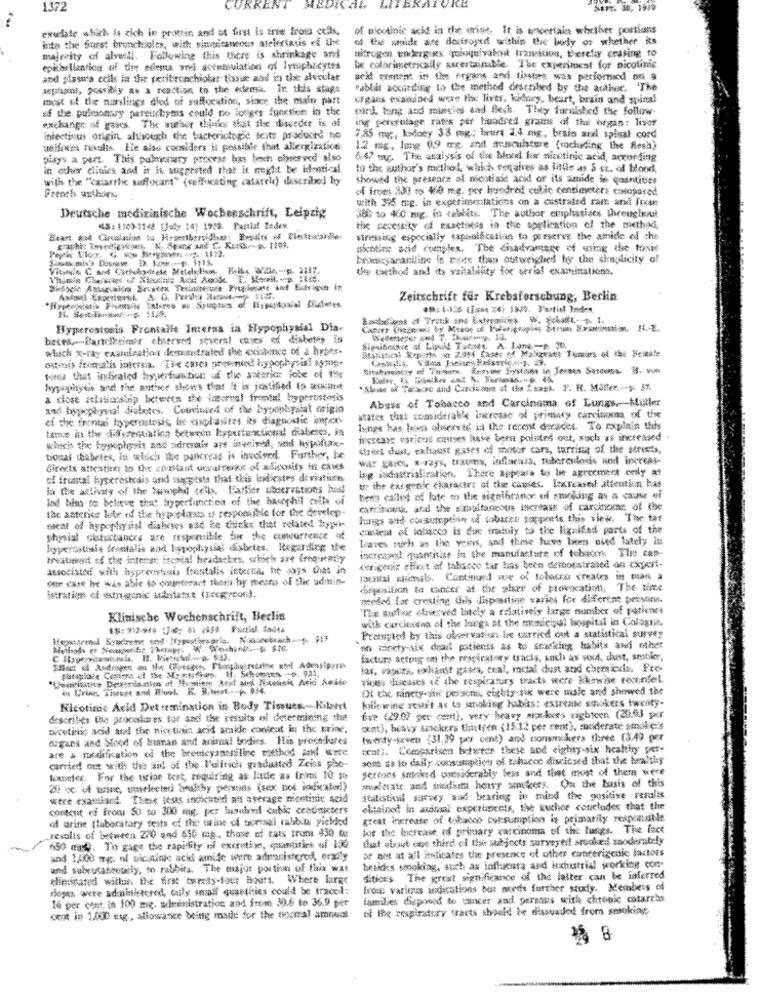
372
CURREN
Cab
KAIVRE
exudate which Is zich in prottin and at first la irve fros cells,
of nicotinic acid in the crise. It is uncertain whether portions
into the forst brunchioles, with sinticantons aleleriauis ef the
of the wide are destroyed within the berty or whether is
majority of alveoli. Following this there is shrinkage are
stifrugen enderg is, poloquivaimit liznicion, therelay ceasing to
epibellantion of dire edema arvi actutsulation of lymphocytes
In colorimetrically secertainatie The experiment for nicotinic
and plasma cells in the recibronchiolar tissue and its the alveolar
apfazil, possibly at a reaction to the edema. In this staps
Pablit according to the method described by the ather. The
most et the manslings dled of suffocation, since ihe main part
gas examined were fin liver, kichery, heart, brain and spinal
as the pulmonary parenchyms could no longer functions in the
cand ling and missies and Best. They furnished the follow-
exchange of gass The author thinks that the diunder in al
ing percentage rates par hundred grams of the organ: Tiver
infectious origin, although the bacteriologie tests produced no
7.85 myr ., kidney 3.8 mg; beurt 2.4 mg, brain anal spinal cord
uelfores nixalis, He also considers it possible that allergizstica
1.2 mg, line 0,9 mg and arisculture (including the Sesh)
plays a part. This pulmonary process has boch olserved also
6.47 mg. The analysis of de Moed for nicetinic acid, according
in other clinics and it is suggested that it meght be identical
to the author's mocthol, which requires as little as & ct. of blood
with the "catarrlic suffocant" (suffocating cafarelo describe) hy
showed tix preseore al nicotisic acid of its smide le quantities
¿4 inves 230 to 40 mg. per hundred cubic centimeters casopared
French authors,
with 395 mg. in experimentations on a castrated ramt and frcan
Deutsche medizinische Wochenschrift, Leipzig
360 to 460 mg, in cablits. The author emphasizes theeugiwat
MS: 1.100-1248 (July 14) 1953. Pattial Index.
the secessity of exsetness in the application of the method.
stressing especially taponlicatian to preserve the amide of the
broniegananiline is more than outweighed hy the simplicity af
the method and its suitability for serial examinations.
Zeitschrift für Krebsforschung, Berlin
Hyperestosis Frontalle Interas in Hypophysial Dia-
betes .-- Partilheienr cherved several cases of diabetes Is
Sigsibounce af Lapult Taces. A. Long-p 34%
which x-ray examination demonstrated the existence of & hypes.
ostais fromalis interna. The cases prewenied hypophysisl symge
tot that indicated hyperfun bun uf the anterior jobe of the
Soyyophysis and the anther shows that It is justified to wewant
a close zelniccship between the internal frontal hyperastmsis
Abais of Tobacco and Carcinoma of Lungs.Müller
and byphophysial diabetes. Convinced of the bypolyalat origin
ef the frontad hyperogtosis, fre- shiplasiees its diagnostic innpick-
states that consideral'e increase of primary carcinoma of the
tame in the differestatica between hypertextional diabetes, in
lungs has been observed in the recent decades. To explain this
increase varicos causes have been pointed out, such as increased .
which the hypoplasis and adrenais are inueived, soif hypofix-
stres das, exhaust gases of motor cars, barring of the streets,
tional diabetes, in which the pankreas is involved Further, he
wir gaich x-rays, traoms, inflacida, tuberculosis and increar-
directs aticatien to the coastast ueurrence of adiposity in caus
log industrialization, There appears to lie agreement only as
of freantal kyperostosis and suggests that this indiestes devistires
te ibe thegenic clavacire of the causes, Increased attention has
And his to believe that hyperfunction of the haughil colle of
bedt called of late to the signihranor orf smolding as a cause of
the saterior lote of the hypoplists is responsible for the develop
caninou, at the simstaneous inkreaus of carcinomas of the
lungs and consumption of tobaret soppents this view. The tar
seat of hypophysisl diabetes ssd te thinks that related hypo-
costes of labacco is due mainly to the ligaifed parts of the
physial tilsturtuces are responsible for the concurrence of
Leaves such as the veins, and these haws been used lately its
hyperostisle Itentalis and hypophysiel diabetes, Regarding the
increased quaronias in the manufacture of tobacon The cas-
treatment of the intense frontal headaches, sinei are frequently
atsocisied with hypreostosis frostalis interna, he says that in
«enigenie elivet af tabacco tar has been demoratrated dn expert-
one care he was able to counterot thoth hy mesmo of the admin-
puntal simb. Continued me of tolacca creates in man a
disposition to cancer af the pluee of ptovocation, The time
Istration cf estrugenic suddatatxt (poog con).
needed far cresting this lispositine varios for different persone.
"The author clasesved lately a relatively large number of yatienes
Klinische Wochenschrift, Berlin
with carcinena of the lungs at the municipal hospital in Cologne.
Pramyted by this observations be carried out a statistical survey
no cindy-six deal patients as to smacking habits and other
factors acting on the respiratory tracts, such as vous, dust, smsbier,
lar, vapers, exhaust gases, cual, micial dust and chemicals, Fre-
ricas diseases of the respiratory tracts were Ikowise reconfel
in Urine, Tienes and Howl. K. R.Menet -- p. 934.
Ol the ninety-sist perstris, cibiy sik were male and showed the
following seuit at to smoking habas: extreanse smokers twenty-
Nicotine Acid Determination in Body Tissues .- Kilerst
describes the procedures for sal the results el determining the
five (49.07 per cent), very heavy mex.kers eighteen (20.6] pair
Dicetins acid and the nistinin acid arakle convient in the urine.
cat), heavy smokers thitsen {15.12 per cent), moderate smule
organi and blood of tianan and animal bodies. His procedures
Twenty-green (31.19 per cent) and consmokers three (34) per
are & modification of the hreticyaaaniline ratthod At Ware
cent). Comparison between these and eighty six healthy per-
som sa io daily consumption of tabacoo divised that the healthy
carried out with the aid of the l'elltich graduated Zeiss pho-
Sctions smoked considerably ben and that most of them were
tommer, For the urine test, requiring as little as frimnt 10 10
wtre examined. Ther tess inkated an average nicotine Acid
content of froor SO to 300 meg per luswired oubic centmicters
chained in amal experiments, the suchee concludes that the
of arine [laboratory tests of the urine ci ticemal rabbit pickled
great increase of Udacco consumption is primarily respondile
„results of between 270 and 550 meg, those of rats trons 430 tur
lot the increase of priuary carcinoma of the hangs. Tive fact
dut about one third ci the subjects surveytil srooke:i zaoderately
150 cash. To gage the rapidlitr of exothe, quantities of ik
or not at all itsticates the presence of other canterigenic factors
and 1,400 mg. nl alcaine uckl amide were admnisteros, oraity
and subcutabrutaly, to rabbits. The major portion of this was
bricks smoking, such as influensa and ixhustrial working con
ditions. The great significance of the latter can be inferred
doges were administered, only small quantities could be tracedl:
Eroue varizes indications bur needs further study. Mesaberes of
lé ger cont in 100 mig. administration and from 39. to 36.9 per
families Seprend to cancer and gerenus with chronic coturcas
of the rogirstory tracts should be dissuaded from smoking
cent in 1.000 mag, allowance being made for the thoral amouof